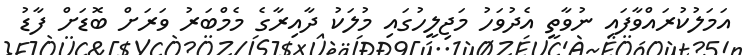
އަމަލުކުރައްވާފައި ނުވާތީ އެދުވަހު މަޖިލީހުގައި މުލަކު ދާއިރާގެ މެމްބަރު ވަރަށް ބޮޑަށް ފާޑު